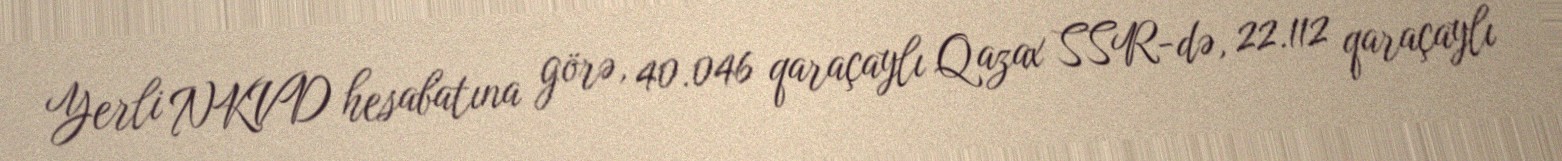
Yerli NKVD hesabatına görə, 40.046 qaraçaylı Qazax SSR-də, 22.112 qaraçaylı